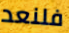
فلنعد